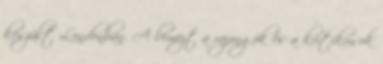
készült Londonban. A lemezt a rajongók és a kritikusok